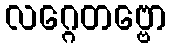
လဂ္ဂေတဗ္ဗော